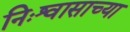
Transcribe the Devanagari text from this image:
निःश्वासाच्या